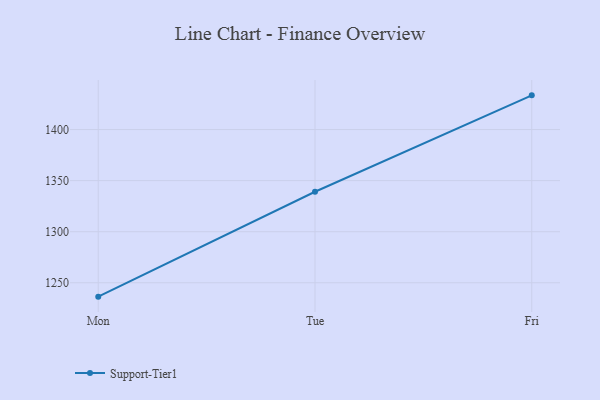
{"axis": {"x": "Day", "y": "LTV (USD)"}, "legend": ["Support-Tier1"], "data": [{"x": "Mon", "y": 1236.4, "type": "Support-Tier1"}, {"x": "Tue", "y": 1339.1, "type": "Support-Tier1"}, {"x": "Fri", "y": 1433.5, "type": "Support-Tier1"}]}